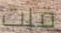
قلت